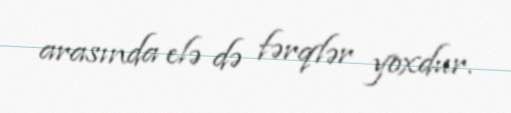
arasında elə də fərqlər yoxdur.